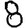
Digit: 8